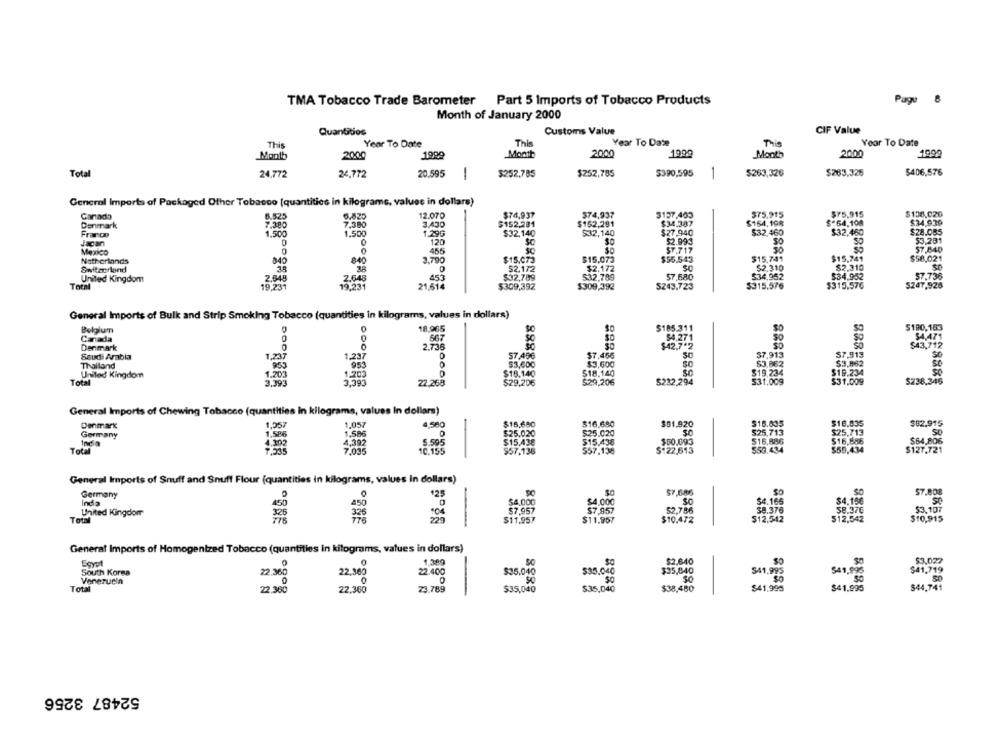
TMA Tobacco Trade Barometer Part 5 Imports of Tobacco Products
Page 8
Month of January 2000
Quantitios
Customs Value
CIF Value
This
Year To Date
Year To Date
This
Year To Date
This
Montb
2000
1999
Month
2000
1990
Month
2000
1900
Total
24,772
24.772
20.595
-
$252.785
$252,785
$390,595
-
$263,326
$263.325
$406.576
General Imports of Packaged Other Tobacco [quantities in kilograms, values in dollars)
Ganado
6.525
0,825
12.070
$74,937
574,937
3137,403
$75.915
$75.915
$108,020
7.380
3.430
$152,281
$152,291
$34.387
$154,198
$54.108
$34.939
Denmark
7.280
$32,460
$32,460
$28.085
France
1.500
1.500
1.29G
$32,140
$32,140
$27,940
Jacan
120
SC
$2.993
53.281
Mexico
456
SC
ST.717
30
57.840
Netherlands
840
3.790
$15.073
$15,073
$55.543
$15,741
$15,741
$58,021
52.172
$2.172
SC
$2.310
$2.310
Switzerland
$34,952
$34,952
57.736
United Kingdom
2.548
450
$32,789
$32,789
$7.680
Total
19,231
19.231
21,614
$309,392
$309,392
SZ43,723
$315.576
$315.576
General Imports of Bulk and Strip Smoking Tobacco (quantities in kilograms, values in dollars)
18,965
$185.311
$180.183
Belgium
Canada
0
667
54,271
Denmark
2.736
$42.7.2
543,712
Saudi Arabia
1,237
1,237
000
57,456
30
$7.919
Thailand
$3,600
83.600
$3.062
United Kingdom
1.203
1.203
$18.140
$18.140
Total
3.393
3,39
22.268
$29,206
529,206
5232,294
$238.346
General Imports of Chewing Tobacco (quantities in kilograms, values In dollars)
1.057
4,580
$15,680
$16,680
$61.920
$18.005
$16.835
$82.915
Denmarx
1,357
Germany
1.586
0
$25.020
$25.020
525,713
$25.713
So
India
5.595
$15,438
$15,438
$50.093
516,886
$16.888
$64,80%
Total
7.035
10.155
$57,136
$57,138
$122,613
559.434
$127.721
General Imports of Snuff and Snuff Flour (quantities in kilograms, values In dollars)
SO
Germany
125
$7,686
$7.808
Inda
$4,000
$4.000
$4.165
$4.15€
United Kingdom
$7,957
$7,957
52.786
$8.376
58.37€
$3.107
Total
$11,957
$11,957
$10.472
$12.542
$12,542
$10,915
General Imports of Homogenized Tobacco (quantities in kilograms, values in dollars)
1.300
$2.640
$3,027
South Korea
22.400
$35,040
$35.040
$35,840
$41,995
541.993
$41,719
22.360
22.380
Venezuela
$41.995
Total
22.360
22.360
23.789
$35,040
$35,040
$38,480
$41,995
$44,741
52487 3256